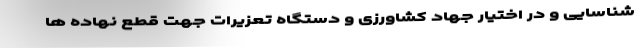
شناسایی و در اختیار جهاد کشاورزی و دستگاه تعزیرات جهت قطع نهاده ها